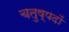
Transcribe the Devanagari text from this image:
चतुष्पदों